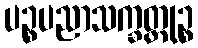
ပဉ္စပညာသက္ခတ္တုဉ္စ